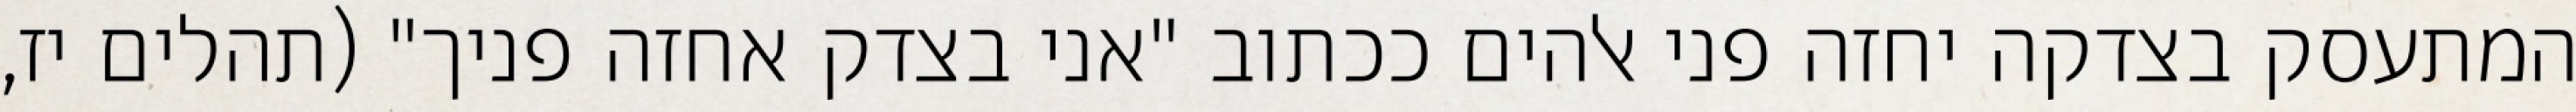
המתעסק בצדקה יחזה פני אלהים ככתוב "אני בצדק אחזה פניך" (תהלים יז,